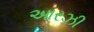
આરઝી